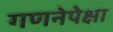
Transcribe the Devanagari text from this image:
गणनेपेक्षा